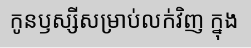
កូនឫស្សីសម្រាប់លក់វិញ ក្នុង